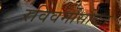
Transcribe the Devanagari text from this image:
रविवर्मांसोबत